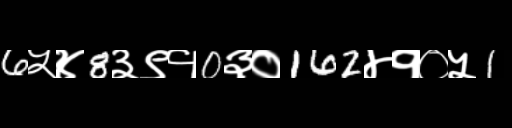
Text: 6५४8३९१0३०162४१०५1